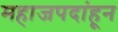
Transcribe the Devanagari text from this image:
महाजपदांहून